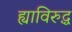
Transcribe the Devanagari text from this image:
ह्याविरुद्ध